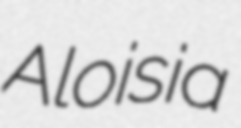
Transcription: Aloisia